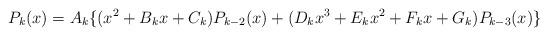
LaTeX: \begin{align*}P_k(x)=A_k\{(x^2+B_kx+C_k)P_{k-2}(x)+(D_kx^3+E_kx^2+F_kx+G_k)P_{k-3}(x)\}\\\end{align*}